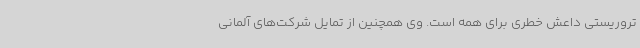
تروریستی داعش خطری برای همه است. وی همچنین از تمایل شرکت‌های آلمانی